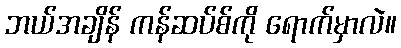
ဘယ်အချိန် ကန်ဆပ်စ်ကို ရောက်မှာလဲ။